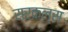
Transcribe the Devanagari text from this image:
सरकल्स